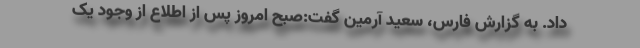
داد. به گزارش فارس، سعید آرمین گفت:صبح امروز پس از اطلاع از وجود یک